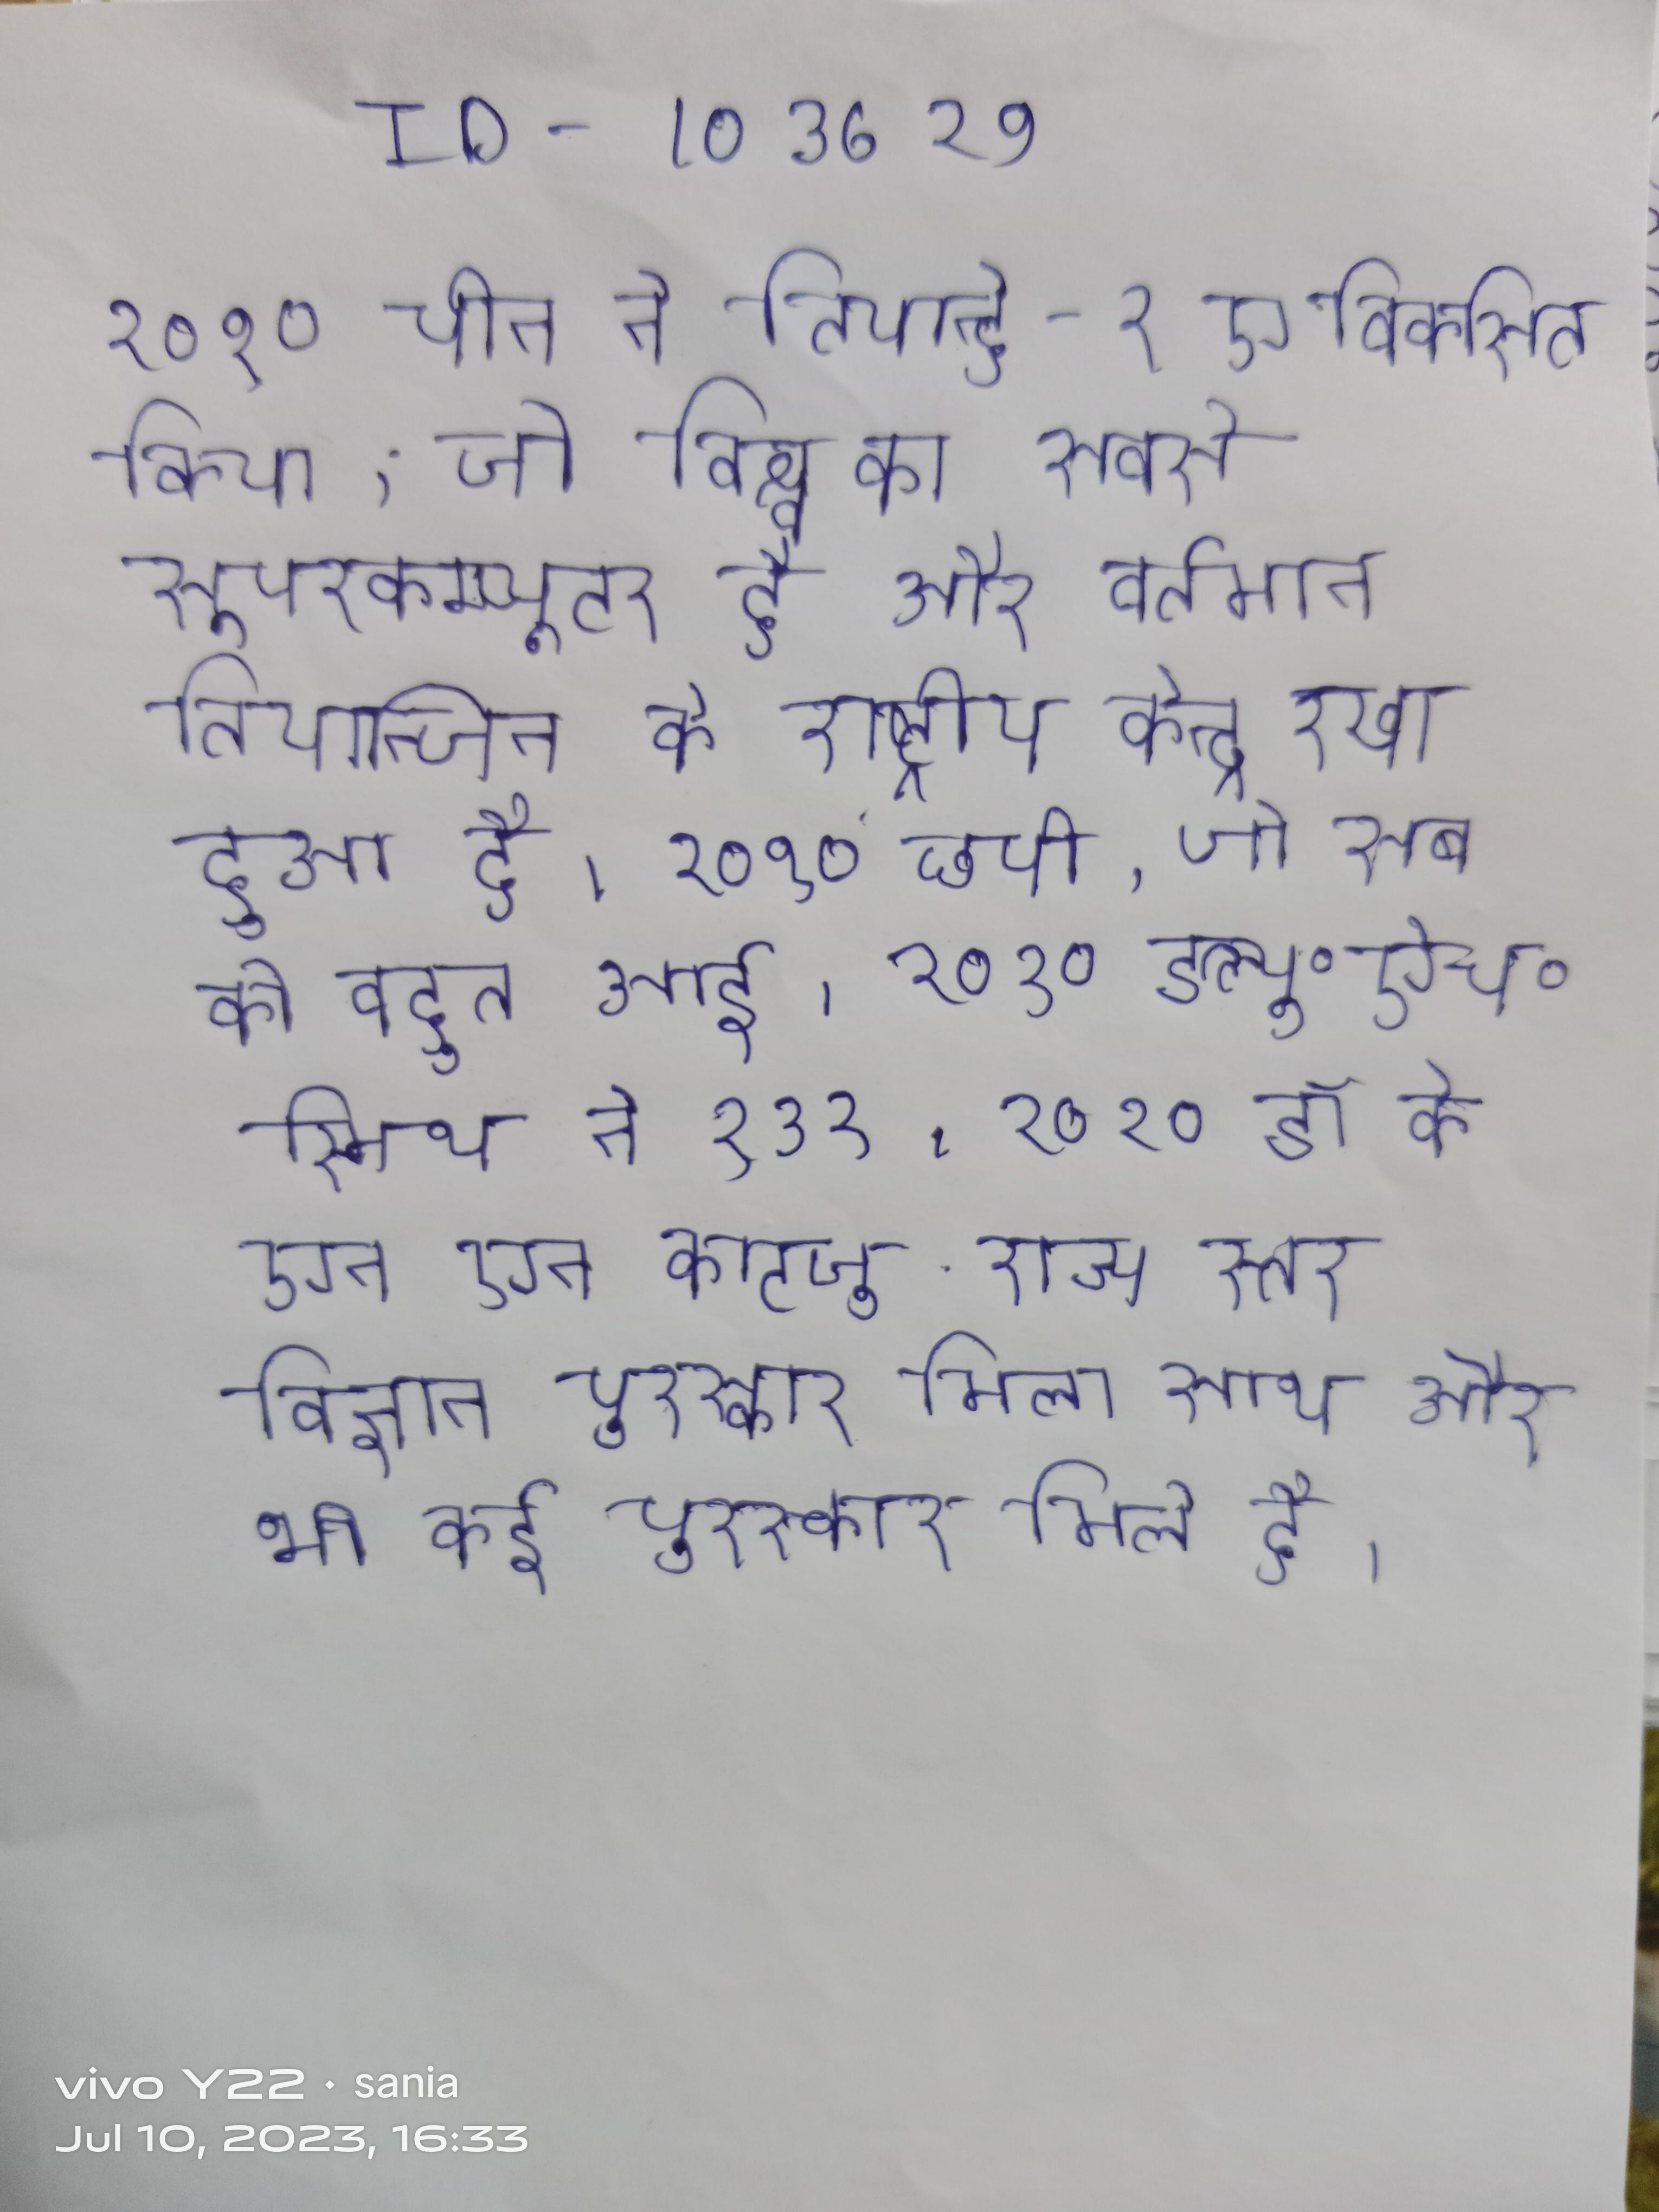
२०१० चीन ने तियान्हे-१ए विकसित किया, जो विश्व का सबसे सूपरकम्प्यूटर है और वर्तमान तियान्जिन के राष्ट्रीय केन्द्र रखा हुआ है । २०१० छपी, जो सब को बहुत आई । २०१० डब्ल्यू॰ऐच॰ स्मिथ ने १३१ । २०१० डॉ के एन एन काटजू राज्य स्तर विज्ञान पुरस्कार मिला साथ और भी कई पुरस्कार मिले है ।